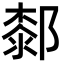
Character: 䣛